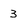
Character: 3